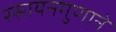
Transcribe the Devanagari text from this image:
रसायनगुणाने